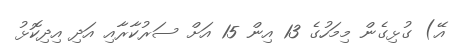
އޭ) ގުޅިގެން މިމަހުގެ 13 އިން 15 އަށް ސަރުކާރާއި އަދި އިދިކޮޅު